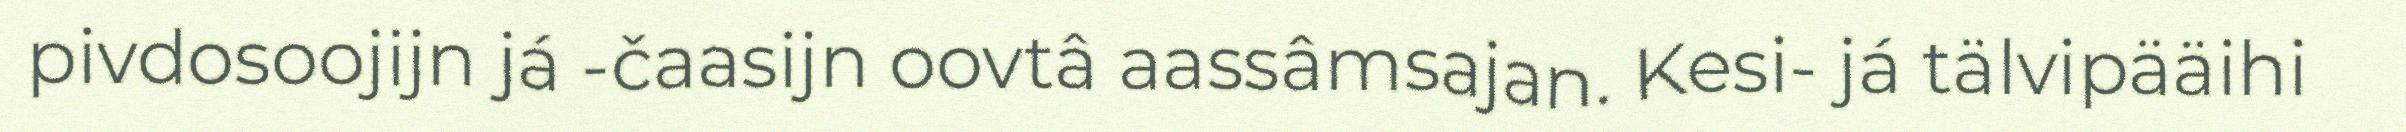
pivdosoojijn já -čaasijn oovtâ aassâmsajan. Kesi- já tälvipääihi